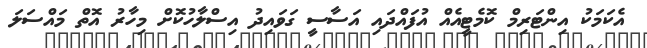
އެކަމަކު އިންޓަރިމް ކޮމެޓީއެއް އުފައްދައި އަސާސީ ގަވައިދު އިސްލާހުކޮށް މިހާރު އޮތް މައްސަލަ